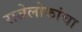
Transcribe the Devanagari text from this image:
राजेलोकांचा